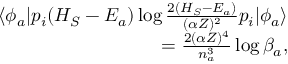
\begin{array} { r } { \langle \phi _ { a } | p _ { i } ( H _ { S } - E _ { a } ) \log \frac { 2 ( H _ { S } - E _ { a } ) } { ( \alpha Z ) ^ { 2 } } p _ { i } | \phi _ { a } \rangle } \\ { = \frac { 2 ( \alpha Z ) ^ { 4 } } { n _ { a } ^ { 3 } } \log \beta _ { a } , } \end{array}